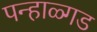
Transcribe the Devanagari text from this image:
पन्हाळ्गड